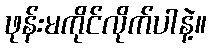
ဖုန်းမကိုင်လိုက်ပါနဲ့။